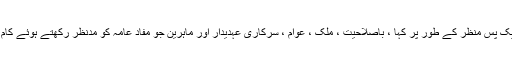
انہوں نے ایک پس منظر کے طور پر کہا ، باصلاحیت ، ملک ، عوام ، سرکاری عہدیدار اور ماہرین جو مفاد عامہ کو مدنظر رکھتے ہوئے کام کرتے ہیں۔